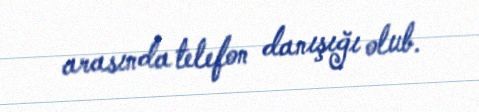
arasında telefon danışığı olub.